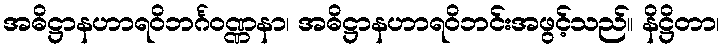
အဓိဋ္ဌာနဟာရဝိဘင်္ဂဝဏ္ဏနာ၊ အဓိဋ္ဌာနဟာရဝိဘင်းအဖွင့်သည်။ နိဋ္ဌိတာ၊